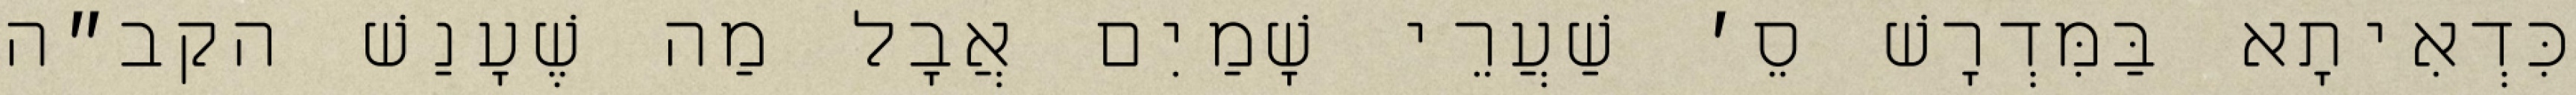
כִּדְאִיתָא בַּמִּדְרָשׁ סֵ׳ שַׁעֲרֵי שָׁמַיִם אֲבָל מַה שֶׁעָנַשׁ הקב״ה